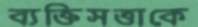
ব্যক্তিসত্তাকে